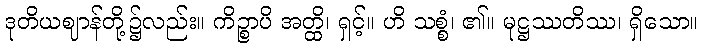
ဒုတိယဈာန်တို့၌လည်း။ ကိဉ္စာပိ အတ္ထိ၊ ရှင့်။ ဟိ သစ္စံ၊ ၏။ မုဋ္ဌဿတိဿ၊ ရှိသော။